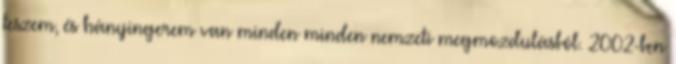
teszem, és hányingerem van minden minden nemzeti megmozdulásból. 2002-ben